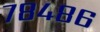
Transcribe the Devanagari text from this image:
७८४८६